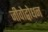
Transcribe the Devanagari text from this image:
जीवोद्बोधन